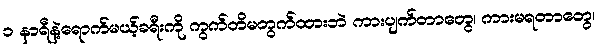
၁ နာရီနဲ့ရောက်မယ့်ခရီးကို ကွက်တိမတွက်ထားဘဲ ကားပျက်တာတွေ၊ ကားမရတာတွေ၊